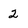
Character: 2